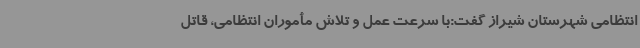
انتظامی شهرستان شیراز گفت:با سرعت عمل و تلاش مأموران انتظامی، قاتل